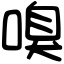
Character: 嗅